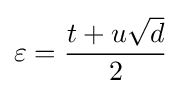
\varepsilon ={\frac {t+u{\sqrt {d}}}{2}}